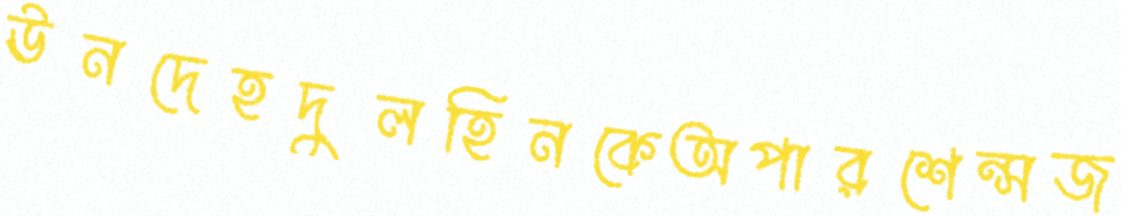
ঊনদেহদুলহিনকেঅপারশেন্সজ